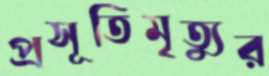
প্রসূতিমৃত্যুর